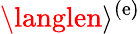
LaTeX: \langlen\rangle^{(\mathrm{e})}